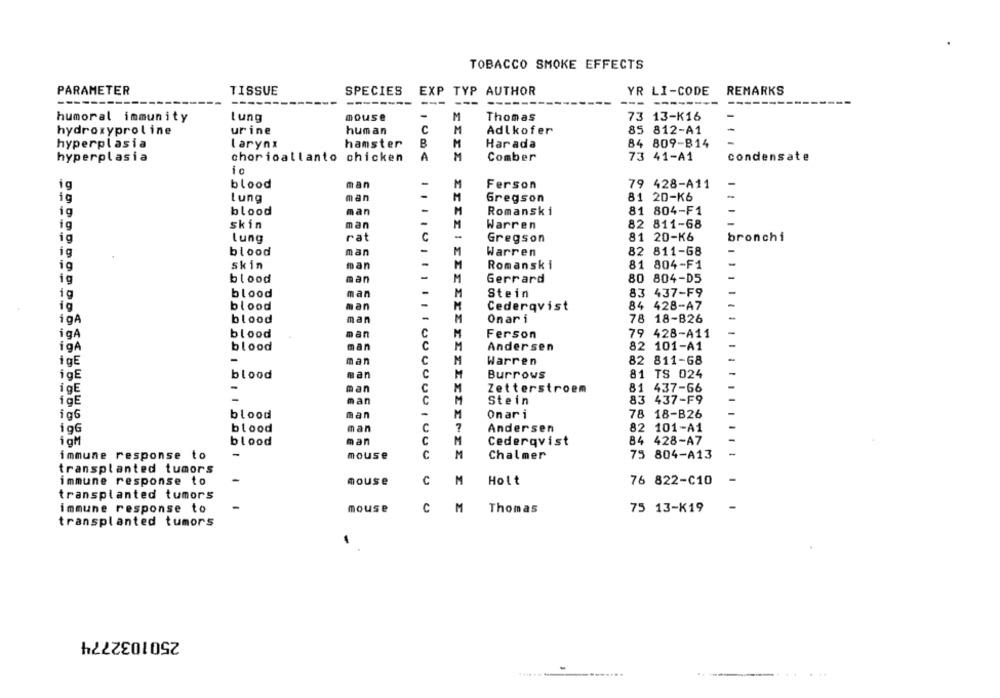
TOBACCO SMOKE EFFECTS
PARAMETER
SPECIES
EXP TYP AUTHOR
YR LI-CODE
REMARKS
TISSUE
-----
---
---
--
--------
----
humoral immunity
lung
mouse
-
M
Thomas
73 13-K16
hydroxyproline
urine
human
C
M
Adlkofer
85 812-A1
hyperplasia
Larynx
hamster
B
M
Harada
84 809-B14
hyperplasia
chorioallanto chicken
A
M
Comber
73 41-A1
condensate
io
ig
blood
man
Ferson
79 428-A11
-
ig
Lung
man
Gregson
81 20-K6
man
ig
blood
Romanski
81 804-F1
skin
man
82 811-68
ig
Warren
ig
rat
81 20-K6
bronchi
Lung
Gregson
blood
man
-
Warren
82 811-68
-
ig
skin
Romanski
81 804-F1
ig
man
ig
blood
man
-
Gerrard
80 804-D5
ig
man
Stein
83 437-F9
blood
ig
blood
man
-
Cederqvist
84 428-A7
igA
blood
man
Onari
78 18-B26
igÂ
blood
man
Ferson
79 428-A11
igA
blood
Andersen
82 101-A1
igE
man
Warren
82 811-68
igE
blood
Ban
Burrows
81 TS 024
igE
man
Zetterstroem
81 437-66
man
Stein
83 437-F9
ig6
blood
man
Onari
78 18-B26
igG
blood
man
C
Andersen
82 101-A1
igM
blood
man
C
Cederqvist
84 428-A7
-
C
M
75 804-A13
immune response to
mouse
Chalmer
transplanted tumors
immune response to
mouse
C
M
Holt
76 822-C10
transplanted tumors
immune response to
-
mouse
c
M
Thomas
75 13-K19
transplanted tumors
2501032774